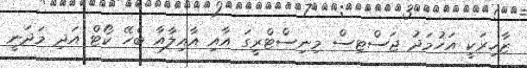
ޒާހިރަކީ އަހުމަދު ޖަސްޓިސް މިނިސްޓްރީގަ އާއި އާއިލާއާ ބެހޭ ކޯޓް އަދި މަދަނީ